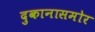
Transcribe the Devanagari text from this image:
दुकानासमोर